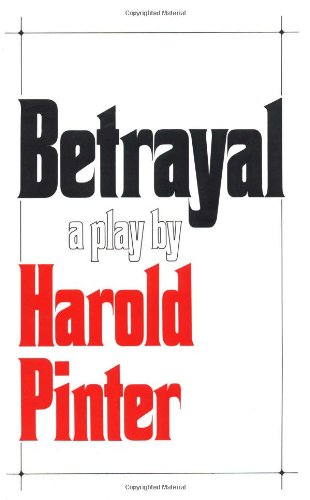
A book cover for Betrayal; Harold Pinter; Literature & Fiction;